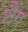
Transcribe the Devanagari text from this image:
शैंग